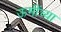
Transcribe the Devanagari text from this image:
ऊमींच्या